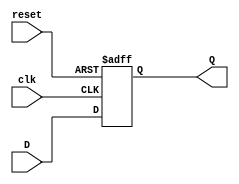
/////////////////////Flip-Flops used in fpam.v///////////////////////////////////////
//when we only need one Flip Flop
module d_ff1 (input clk,
              input reset,
              input D,
              output reg Q);

always @ (posedge clk or posedge reset) begin
  if (reset) begin
    Q <= 0;
  end else begin
    Q <= D;
  end
end
endmodule   //d_ff1
/////////////////////////////////////////////////////////////////////////////////////
//when we need a 64 input Flip-Flop
module d_ff64 (input clk,
               input reset,
               input [63:0] D,
               output reg [63:0] Q);

always @ (posedge clk or posedge reset) begin
  if (reset) begin
    Q <= 64'b0;
  end else begin
    Q <= D;
  end
end
endmodule   //d_ff64